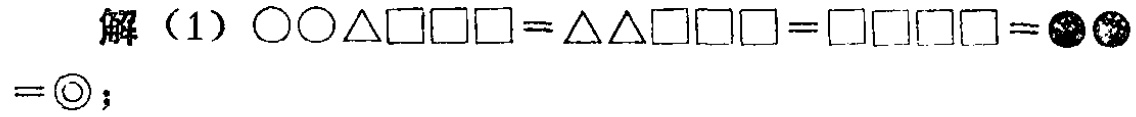
解（1）\(\bigcirc\bigcirc\triangle\square\square\square=\triangle\triangle\square\square\square=\square\square\square\square=\bigotimes\bigotimes=\bigodot\)；